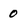
Character: 0